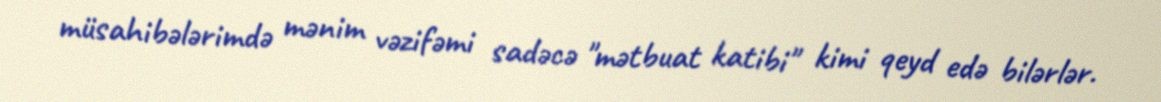
müsahibələrimdə mənim vəzifəmi sadəcə "mətbuat katibi" kimi qeyd edə bilərlər.